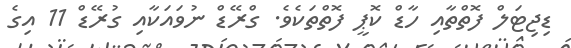
ޑިޖިޓަލް ފޮތްތާއި ހާޑް ކޮޕީ ފޮތްތަކެވެ. ގްރޭޑް ނުވައަކާއި ގުރޭޑް 11 އިގެ